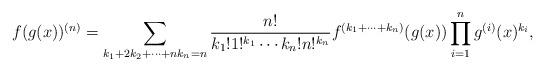
LaTeX: \begin{align*} f(g(x))^{(n)} = \sum_{k_1+2k_2+\cdots+nk_n=n} \frac{n!}{k_1!1!^{k_1}\cdots k_n!n!^{k_n}} f^{(k_1+\cdots+k_n)}(g(x))\prod_{i=1}^n g^{(i)}(x)^{k_i},\end{align*}